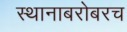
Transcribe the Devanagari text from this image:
स्थानाबरोबरच